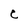
Character: C